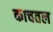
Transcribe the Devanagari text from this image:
काचतल